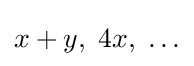
x+y,\;4x,\;\ldots